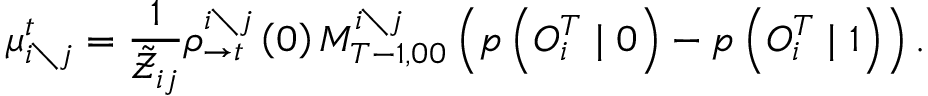
\mu _ { i \setminus j } ^ { t } = \frac { 1 } { \tilde { \mathcal { Z } } _ { i j } } \rho _ { \rightarrow t } ^ { i \setminus j } \left( 0 \right) M _ { T - 1 , 0 0 } ^ { i \setminus j } \left( p \left( { O } _ { i } ^ { T } \mid 0 \right) - p \left( { O } _ { i } ^ { T } \mid 1 \right) \right) .